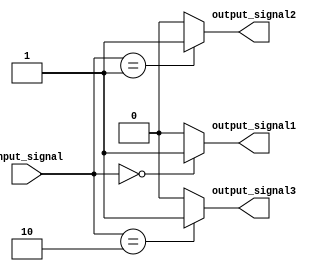
module Decoder(
  input wire [2:0] input_signal,
  output reg output_signal1,
  output reg output_signal2,
  output reg output_signal3
);

always @(*)
begin
  case(input_signal)
    3'b000: begin
      output_signal1 = 1;
      output_signal2 = 0;
      output_signal3 = 0;
    end
    3'b001: begin
      output_signal1 = 0;
      output_signal2 = 1;
      output_signal3 = 0;
    end
    3'b010: begin
      output_signal1 = 0;
      output_signal2 = 0;
      output_signal3 = 1;
    end
    default: begin
      output_signal1 = 0;
      output_signal2 = 0;
      output_signal3 = 0;
    end
  endcase
end

endmodule